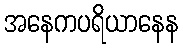
အနေကပရိယာနေန